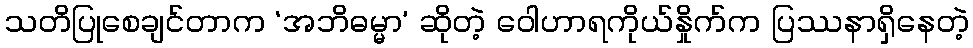
သတိပြုစေချင်တာက ‘အဘိဓမ္မာ’ ဆိုတဲ့ ဝေါဟာရကိုယ်နှိုက်က ပြဿနာရှိနေတဲ့